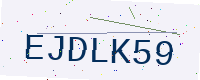
Text: EJDLK59